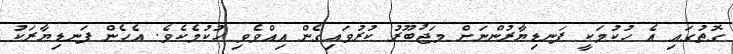
ގޮތުގައި އެ ހުކުމަކީ ފަނޑިޔާރުންނަށް މަޖުބޫރު ކުރުވައިގެން އިއްވެވި ހުކުމެކެވެ. އެހެން ފަނޑިޔާރަކު